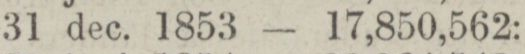
„ 31 dec. 1853 — 17,850,562: —